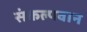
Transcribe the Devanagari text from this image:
संकल्पवान